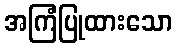
အကြံပြုထားသော